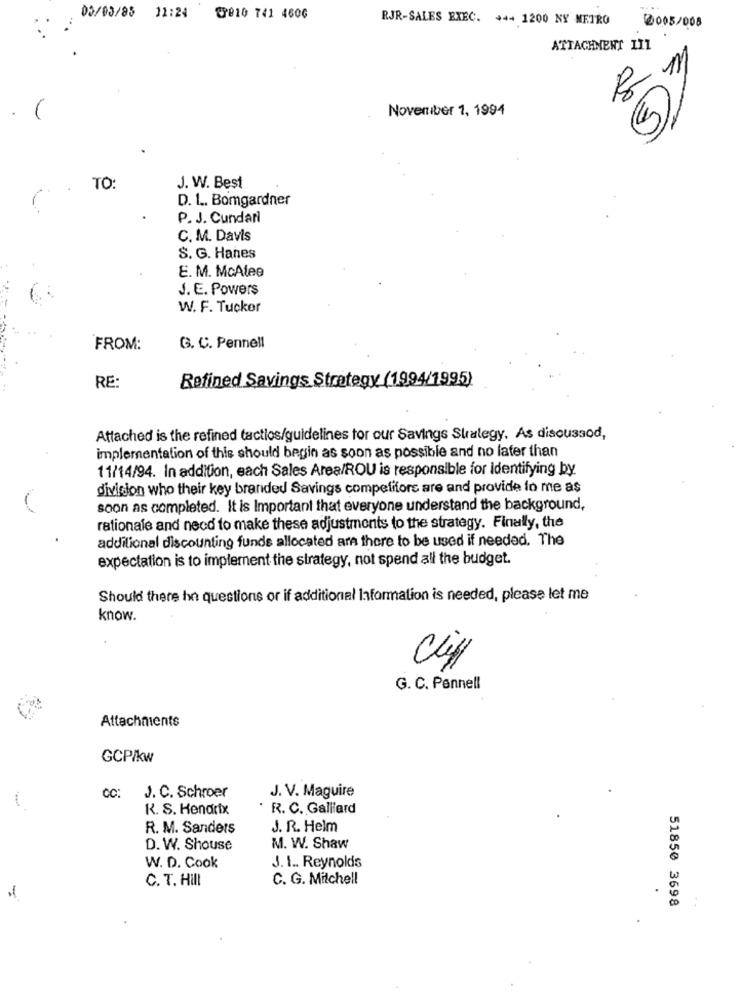
05/03/85 11:24 @2010 741 460G
RJR-SALES EXEC. +++ 1200 NY METRO
2005/008
ATTACHMENT III
8
November 1, 1994
TO
J. W. Best
D. 1 .. Bomgardner
P. J. Cundari
C. M. Davis
S. G. Hanes
E. M. McAlee
J. E. Powers
W. F. Tucker
FROM:
G. C. Pennell
Refined Savings Strategy (1994/1995)
RE
Attached is the refined tactics/guidelines for our Savings Strategy. As discussod,
implementation of this should begin as soon as possible and no later than
11/14/94. In addition, each Sales Area/ROU is responsible for Identifying by
division who their key branded Savings competitors are and provide lo me as
soon as completed. It is Important that everyone understand the background,
rationale and necd to make these adjustments to the strategy. Finally, the
additional discounting funds allocated are there to be used if needed. The
expectation is to implement the strategy, not spend all the budget.
Should there hn questions or if additional Information is needed, please let me
know.
Clip
G. C. Pennell
Attachments
GCP/kw
CC:
J. V. Maguire
J. C. Schroer
K. S. Hendrix
R. C. Galliard
R. M. Sanders
J. R. Helm
D. W. Shouse
M. W. Shaw
W. D. Cook
J. 1 .. Reynolds
C. T. Hill
C. G. Mitchell
.
-
51850 3698
. .